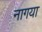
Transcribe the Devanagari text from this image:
नागया